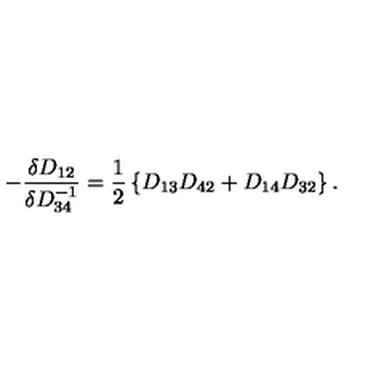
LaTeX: - \frac { \delta D _ { 1 2 } } { \delta D _ { 3 4 } ^ { - 1 } } = \frac { 1 } { 2 } \left\{ D _ { 1 3 } D _ { 4 2 } + D _ { 1 4 } D _ { 3 2 } \right\} .